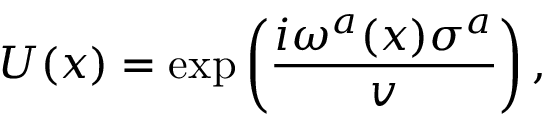
U ( x ) = \exp \left( \frac { i \omega ^ { a } ( x ) \sigma ^ { a } } { v } \right) ,